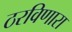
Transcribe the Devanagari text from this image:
ठरविणारा